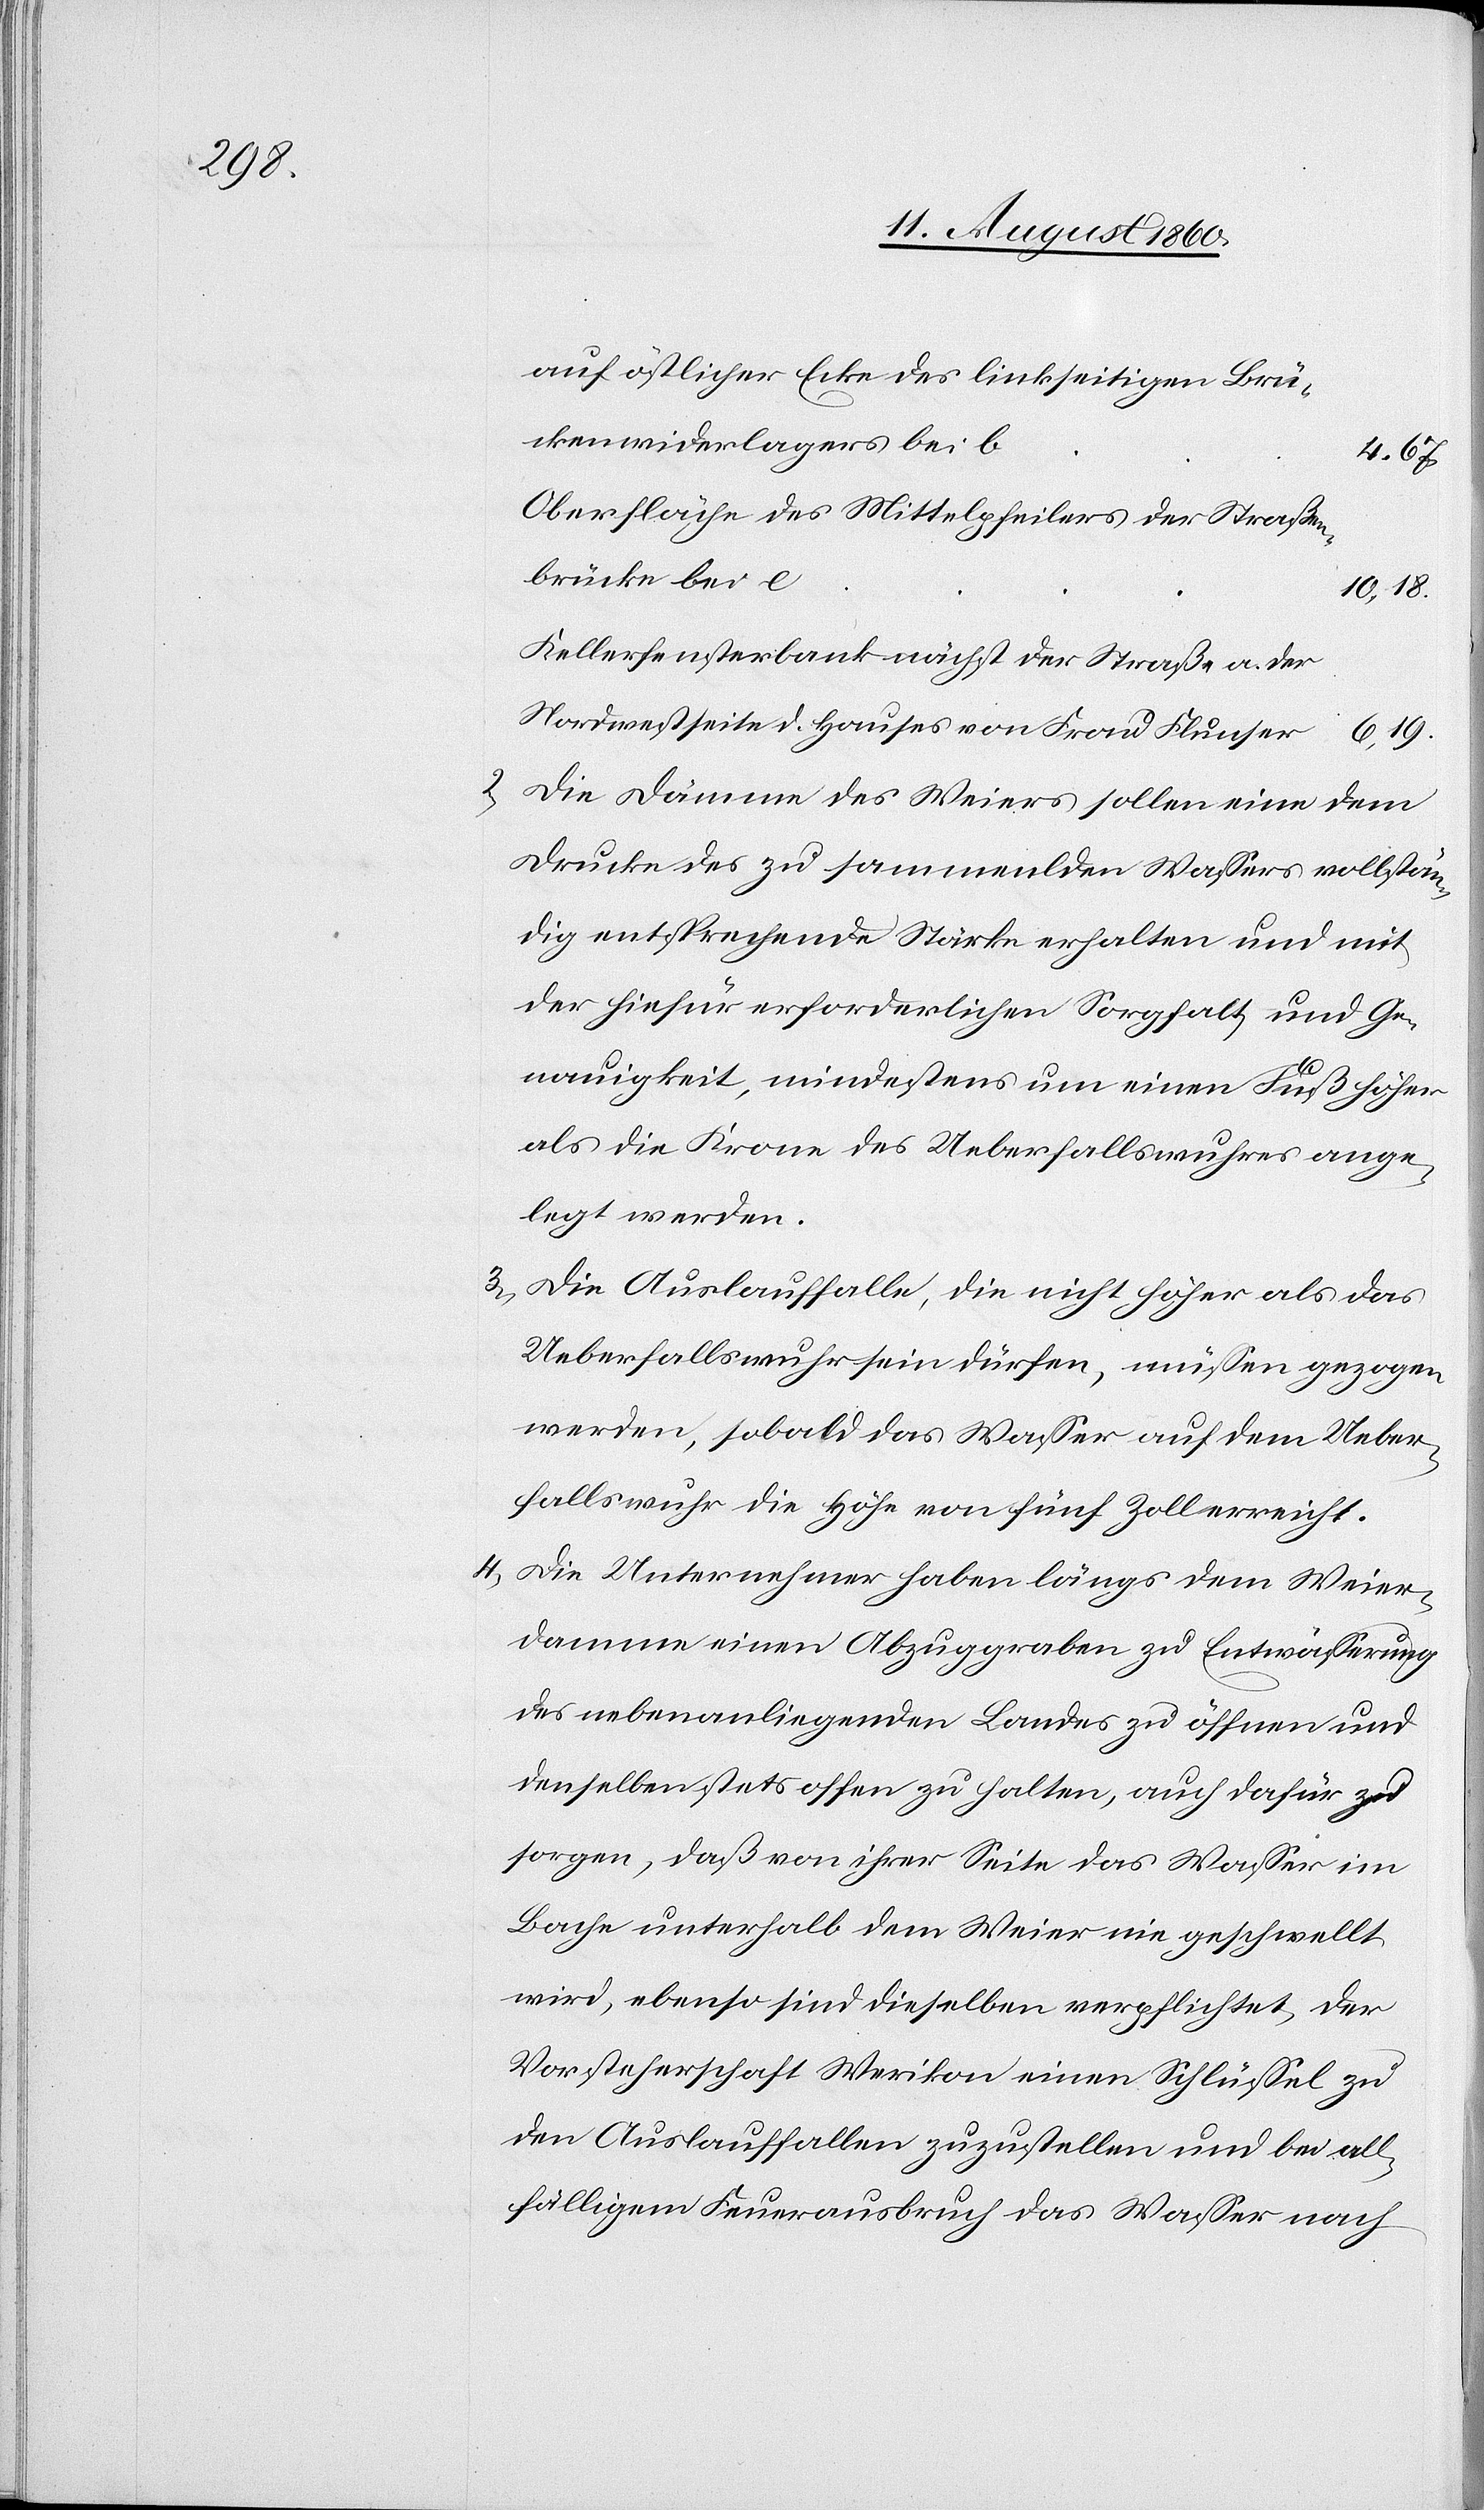
auf östlicher Ecke des linkseitigen Brü¬
ckenwiderlages bei b
4,67.
Oberfläche des Mittelpfeilers der Strassen¬
brücke bei e
10,185
Kellerfensterbank nächst der Strasse an der
Nordwestseite des Hauses von Frau Flunser
2) Die Dämme des Weyers sollen eine dem
Drucke des zu sammelnden Wassers vollstän¬
dig entsprechende Stärke erhalten und mit
der hiefür erforderlichen Sorgfalt und Ge¬
nauigkeit, mindestens um einen Fuß höher,
als die Krone des Ueberfallswuhres ange¬
legt werden.
3) Die Auslauffalle, die nicht höher als das
Ueberfallswuhr sein dürfen, müssen gezogen
werden, sobald das Wasser auf dem Ueber¬
fallswuhr die Höhe von fünf Zoll erreicht.
4) Die Unternehmer haben längs dem Weyer¬
damm einen Abzuggraben zu Entwässerung
des nebenanliegenden Landes zu öffnen u.
denselben stets offen zu halten, auch dafür zu
sorgen, dass von ihrer Seite das Wasser im
Bache unterhalb dem Weyer nie geschwellt
wird, ebenso sind dieselben verpflichtet, der
Vorsteherschaft Werikon einen Schlüssel zu
den Auslauffallen zuzustellen und bei all¬
fälligem Feuerausbruch das Wasser nach